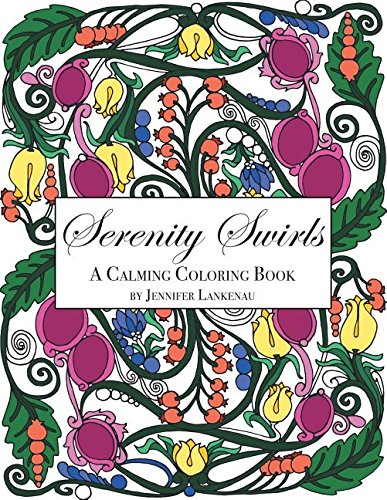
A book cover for Serenity Swirls: 25 Unique Coloring Patterns for Stress Relief and Mindfulness (8.5 x 11); Jennifer Lankenau; Crafts, Hobbies & Home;